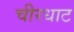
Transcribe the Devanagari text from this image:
चीरधाट